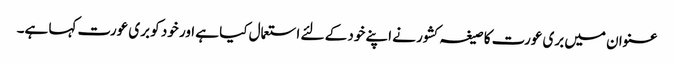
عنوان میں بری عورت کا صیغہ کشور نے اپنے خود کے لئے استعمال کیا ہے اور خود کو بری عورت کہا ہے۔